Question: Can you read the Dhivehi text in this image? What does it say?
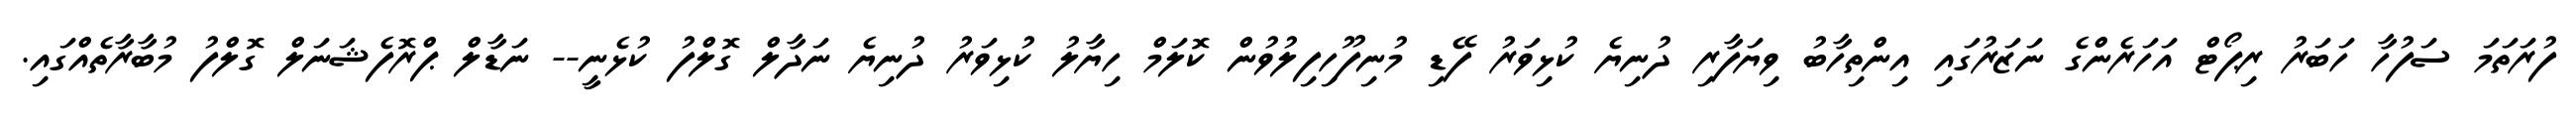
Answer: ފުރަތަމަ ސަފުހާ ހަބަރު ރިޕޯޓް އަހަރެންގެ ނަޒަރުގައި އިންތިހާބު ވިޔަފާރި ދުނިޔެ ކުޅިވަރު ފޭޑި މުނިފޫހިފިލުވުން ކޮލަމް ހިޔާލު ކުޅިވަރު ދުނިޔެ ނަދާލް ގޮލްފު ކުޅެނީ-- ނަޑާލް ޕްރޮފެޝަނަލް ގޮލްފު މުބާރާތެއްގައި.